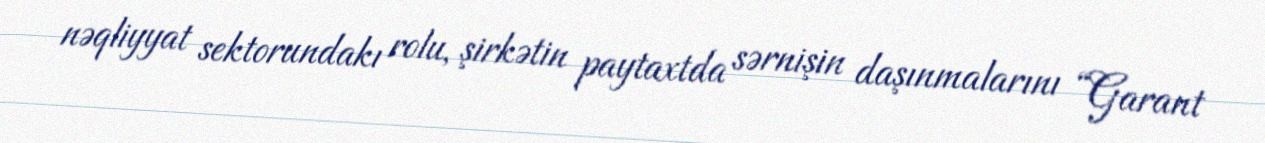
nəqliyyat sektorundakı rolu, şirkətin paytaxtda sərnişin daşınmalarını “Garant